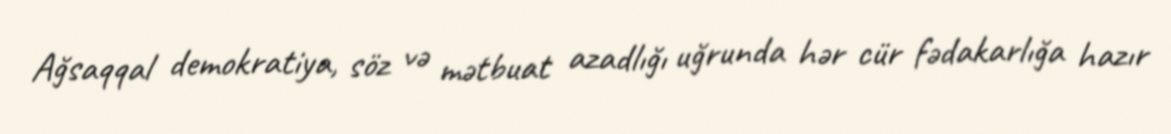
Ağsaqqal demokratiya, söz və mətbuat azadlığı uğrunda hər cür fədakarlığa hazır